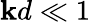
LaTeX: \mathbf{k}d\ll1